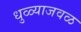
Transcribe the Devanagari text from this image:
धुळ्याजवळ